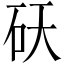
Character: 𬑾